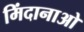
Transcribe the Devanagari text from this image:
मिंदानाओ